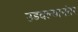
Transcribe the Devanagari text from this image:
उडवल्यानंतर